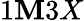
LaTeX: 1\mathbf{M}3X